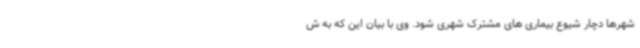
شهرها دچار شیوع بیماری های مشترک شهری شود. وی با بیان این که به ش